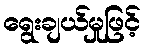
ရွေးချယ်မှုဖြင့်